Report of the Bombay Plague Committee
Disease focus: Plague
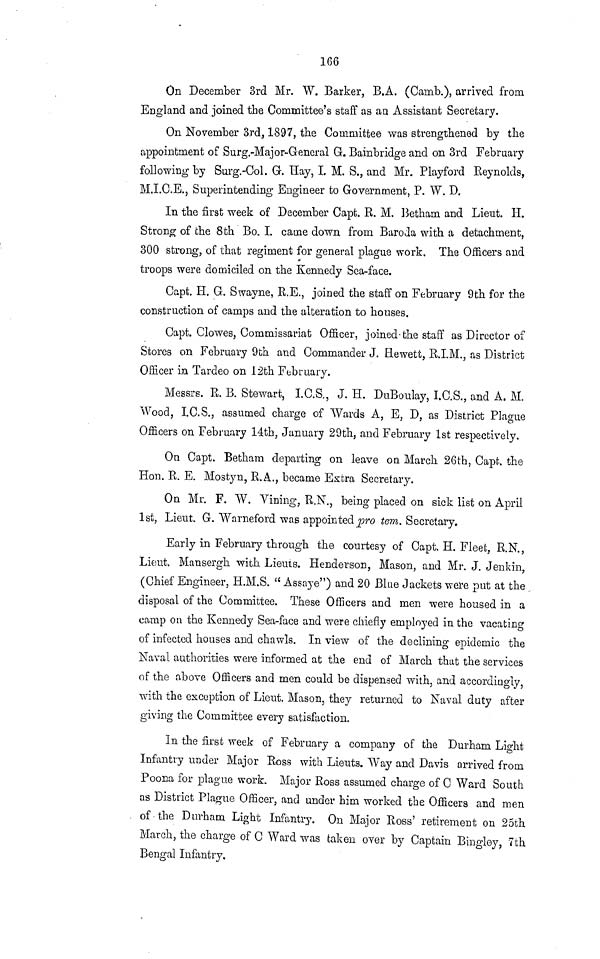
166
On December 3rd Mr. W. Barker, B.A. (Camb.), arrived from
England and joined the Committee's staff as an Assistant Secretary.
On November 3rd, 1897, the Committee was strengthened by the
appointment of Surg.-Major-General G. Bainbridge and on 3rd February
following by Surg.-Col. G. Hay, L M. S., and Mr. Playford Reynolds,
M.I.C.E., Superintending Engineer to Government, P. W. D.
In the first week of December Capt. R. M. Betham and Lieut. H.
Strong of the 8th Bo. I. came down from Baroda with a detachment,
300 strong, of that regiment for general plague work. The Officers and
troops were domiciled on the Kennedy Sea-face.
Capt. H. G. Swayne, R.E., joined the staff on February 9th for the
construction of camps and the alteration to houses.
Capt. Clowes, Commissariat Officer, joined-the staff as Director of
Stores on February 9th and Commander J. Hewett, E.I.M., as District
Officer in Tardeo on 12th February.
Messrs. R. B. Stewart, I.C.S., J. H. DuBoulay, I.C.S., and A, M.
Wood, I.C.S., assumed charge of Wards A, E, D, as District Plague
Officers on February 14th, January 29th, and February 1st respectively.
On Capt. Betham departing on leave on March 26th, Capt. the
Hon. R. E. Mostyn, R.A., became Extra Secretary.
On Mr. F. W. Vining, R.N., being placed on sick list on April
1st, Lieut. G. Warneford was appointed pro tem. Secretary.
Early in February through the courtesy of Capt. H. Fleet, R.N.,
Lieut. Mansergh with Lieuts. Henderson, Mason, and Mr. J. Jenkin,
(Chief Engineer, H.M.S. "Assaye") and 20 Blue Jackets were put at the
disposal of the Committee. These Officers and men were housed in a
camp on the Kennedy Sea-face and were chiefly employed in the vacating
of infected houses and chawls. In view of the declining epidemic the
Naval authorities were informed at the end of March that the services
of the above Officers and men could be dispensed with, and accordingly,
with the exception of Lieut. Mason, they returned to Naval duty after
giving the Committee every satisfaction.
In the first week of February a company of the Durham Light
Infantry under Major Ross with Lieuts. Way and Davis arrived from
Poona for plague work. Major Ross assumed charge of C Ward South
as District Plague Officer, and under him worked the Officers and men
of the Durham Light Infantry. On Major Ross' retirement on 25th
March, the charge of C Ward was taken over by Captain Bingley, 7th
Bengal Infantry.